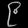
Digit: ၉